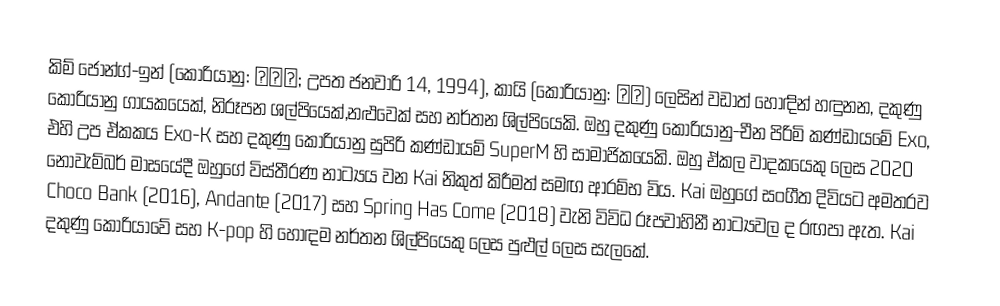
කිම් ජොන්ග්-ඉන් (කොරියානු: 김종인; උපත ජනවාරි 14, 1994), කායි (කොරියානු: 카이) ලෙසින් වඩාත් හොඳින් හඳුනන, දකුණු කොරියානු ගායකයෙක්, නිරූපන ශල්පියෙක්,නළුවෙක් සහ නර්තන ශිල්පියෙකි. ඔහු දකුණු කොරියානු-චීන පිරිමි කණ්ඩායමේ Exo, එහි උප ඒකකය Exo-K සහ දකුණු කොරියානු සුපිරි කණ්ඩායම් SuperM හි සාමාජිකයෙකි. ඔහු ඒකල වාදකයෙකු ලෙස 2020 නොවැම්බර් මාසයේදී ඔහුගේ විස්තීරණ නාට්‍යය වන Kai නිකුත් කිරීමත් සමඟ ආරම්භ විය. Kai ඔහුගේ සංගීත දිවියට අමතරව Choco Bank (2016), Andante (2017) සහ Spring Has Come (2018) වැනි විවිධ රූපවාහිනී නාට්‍යවල ද රඟපා ඇත. Kai දකුණු කොරියාවේ සහ K-pop හි හොඳම නර්තන ශිල්පියෙකු ලෙස පුළුල් ලෙස සැලකේ.